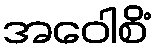
အဝေါစိံ